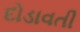
દોડાવતી